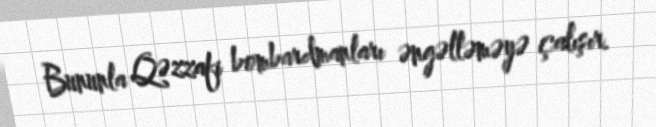
Bununla Qəzzafi bombardmanları əngəlləməyə çalışır.